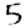
Digit: 5